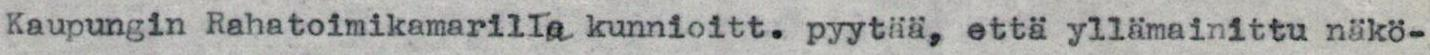
Kaupungin Rahatoimikamarilta kunnioitt. pyytää, että yllämainittu näkö-